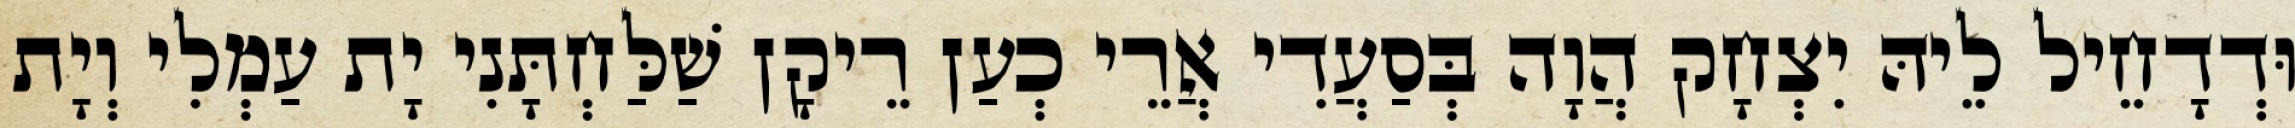
וּדְדָחֵיל לֵיהּ יִצְחָק הֲוָה בְּסַעֲדִי אֲרֵי כְעַן רֵיקָן שַׁלַּחְתָּנִי יָת עַמְלִי וְיָת